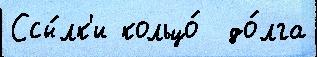
Ссы́лк'и кольцо́  до́лга